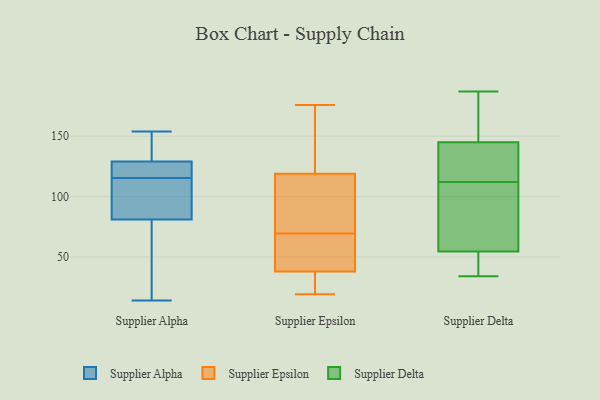
{"axis": {"x": "Bounce Rate (%)", "y": "Value"}, "legend": ["Supplier Alpha", "Supplier Delta", "Supplier Epsilon"], "data": [{"x": "", "y": 129, "type": "Supplier Alpha"}, {"x": "", "y": 112, "type": "Supplier Alpha"}, {"x": "", "y": 77, "type": "Supplier Alpha"}, {"x": "", "y": 117, "type": "Supplier Alpha"}, {"x": "", "y": 130, "type": "Supplier Alpha"}, {"x": "", "y": 154, "type": "Supplier Alpha"}, {"x": "", "y": 14, "type": "Supplier Alpha"}, {"x": "", "y": 116, "type": "Supplier Alpha"}, {"x": "", "y": 81, "type": "Supplier Alpha"}, {"x": "", "y": 115, "type": "Supplier Alpha"}, {"x": "", "y": 46, "type": "Supplier Epsilon"}, {"x": "", "y": 76, "type": "Supplier Epsilon"}, {"x": "", "y": 80, "type": "Supplier Epsilon"}, {"x": "", "y": 54, "type": "Supplier Epsilon"}, {"x": "", "y": 19, "type": "Supplier Epsilon"}, {"x": "", "y": 92, "type": "Supplier Epsilon"}, {"x": "", "y": 38, "type": "Supplier Epsilon"}, {"x": "", "y": 56, "type": "Supplier Epsilon"}, {"x": "", "y": 176, "type": "Supplier Epsilon"}, {"x": "", "y": 136, "type": "Supplier Epsilon"}, {"x": "", "y": 136, "type": "Supplier Epsilon"}, {"x": "", "y": 63, "type": "Supplier Epsilon"}, {"x": "", "y": 27, "type": "Supplier Epsilon"}, {"x": "", "y": 143, "type": "Supplier Epsilon"}, {"x": "", "y": 119, "type": "Supplier Epsilon"}, {"x": "", "y": 26, "type": "Supplier Epsilon"}, {"x": "", "y": 27, "type": "Supplier Epsilon"}, {"x": "", "y": 77, "type": "Supplier Epsilon"}, {"x": "", "y": 50, "type": "Supplier Delta"}, {"x": "", "y": 62, "type": "Supplier Delta"}, {"x": "", "y": 140, "type": "Supplier Delta"}, {"x": "", "y": 56, "type": "Supplier Delta"}, {"x": "", "y": 187, "type": "Supplier Delta"}, {"x": "", "y": 34, "type": "Supplier Delta"}, {"x": "", "y": 160, "type": "Supplier Delta"}, {"x": "", "y": 112, "type": "Supplier Delta"}, {"x": "", "y": 40, "type": "Supplier Delta"}, {"x": "", "y": 160, "type": "Supplier Delta"}, {"x": "", "y": 105, "type": "Supplier Delta"}, {"x": "", "y": 136, "type": "Supplier Delta"}, {"x": "", "y": 135, "type": "Supplier Delta"}]}